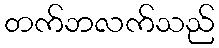
တက်ဘလက်သည်